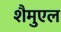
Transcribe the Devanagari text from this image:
शैमुएल